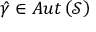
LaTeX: \hat { \gamma } \in A u t \left( \mathcal { S } \right)